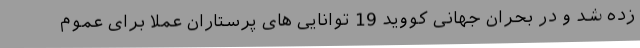
زده شد و در بحران جهانی کووید 19 توانایی های پرستاران عملاً برای عموم